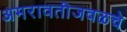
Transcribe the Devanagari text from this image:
अमरावतीजवळचे